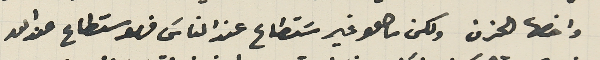
واخصها الحزن ولكن ما هو غير مسَتطاع عند الناسَ فهو مستطاع عند الله